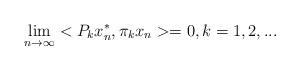
LaTeX: \begin{align*}\lim_{n\rightarrow \infty}<P_{k}x^{*}_{n},\pi_{k}x_{n}>=0, k=1,2,...\end{align*}